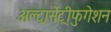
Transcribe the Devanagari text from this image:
अल्ट्रासेंट्रीफुगेशन